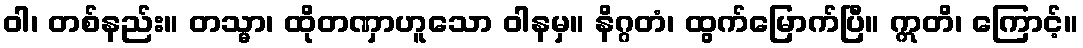
ဝါ၊ တစ်နည်း။ တသ္မာ၊ ထိုတဏှာဟူသော ဝါနမှ။ နိဂ္ဂတံ၊ ထွက်မြောက်ပြီ။ ဣတိ၊ ကြောင့်။